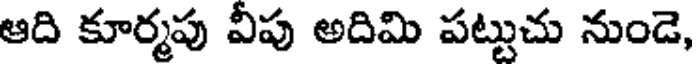
ఆది కూర్మపు వీపు అదిమి పట్టుచు నుండె,